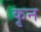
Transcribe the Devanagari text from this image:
कृन